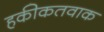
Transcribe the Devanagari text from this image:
हकीकतवाक